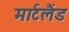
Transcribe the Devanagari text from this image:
मार्टलैंड